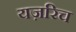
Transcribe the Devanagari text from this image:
यज़रिच